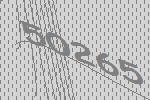
50265